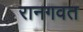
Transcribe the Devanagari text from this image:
रानगवत